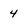
Character: 4